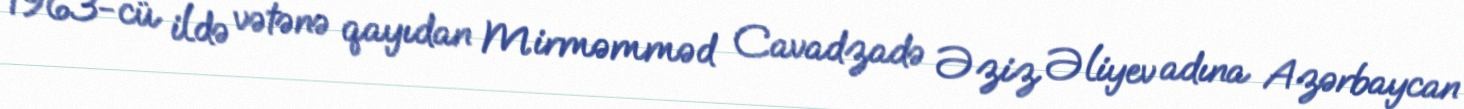
1963-cü ildə vətənə qayıdan Mirməmməd Cavadzadə Əziz Əliyev adına Azərbaycan